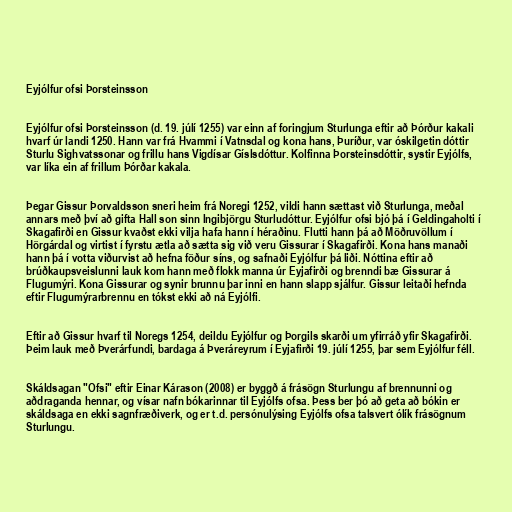
Eyjólfur ofsi Þorsteinsson

Eyjólfur ofsi Þorsteinsson (d. 19. júlí 1255) var einn af foringjum Sturlunga eftir að Þórður kakali
hvarf úr landi 1250. Hann var frá Hvammi í Vatnsdal og kona hans, Þuríður, var óskilgetin dóttir
Sturlu Sighvatssonar og frillu hans Vigdísar Gíslsdóttur. Kolfinna Þorsteinsdóttir, systir Eyjólfs,
var líka ein af frillum Þórðar kakala.

Þegar Gissur Þorvaldsson sneri heim frá Noregi 1252, vildi hann sættast við Sturlunga, meðal
annars með því að gifta Hall son sinn Ingibjörgu Sturludóttur. Eyjólfur ofsi bjó þá í Geldingaholti í
Skagafirði en Gissur kvaðst ekki vilja hafa hann í héraðinu. Flutti hann þá að Möðruvöllum í
Hörgárdal og virtist í fyrstu ætla að sætta sig við veru Gissurar í Skagafirði. Kona hans manaði
hann þá í votta viðurvist að hefna föður síns, og safnaði Eyjólfur þá liði. Nóttina eftir að
brúðkaupsveislunni lauk kom hann með flokk manna úr Eyjafirði og brenndi bæ Gissurar á
Flugumýri. Kona Gissurar og synir brunnu þar inni en hann slapp sjálfur. Gissur leitaði hefnda
eftir Flugumýrarbrennu en tókst ekki að ná Eyjólfi.

Eftir að Gissur hvarf til Noregs 1254, deildu Eyjólfur og Þorgils skarði um yfirráð yfir Skagafirði.
Þeim lauk með Þverárfundi, bardaga á Þveráreyrum í Eyjafirði 19. júlí 1255, þar sem Eyjólfur féll.

Skáldsagan "Ofsi" eftir Einar Kárason (2008) er byggð á frásögn Sturlungu af brennunni og
aðdraganda hennar, og vísar nafn bókarinnar til Eyjólfs ofsa. Þess ber þó að geta að bókin er
skáldsaga en ekki sagnfræðiverk, og er t.d. persónulýsing Eyjólfs ofsa talsvert ólík frásögnum
Sturlungu.